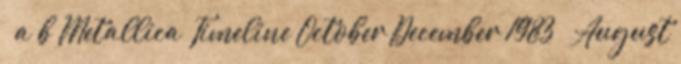
↑ a b Metallica Timeline October–December 1983 – August